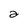
Character: a